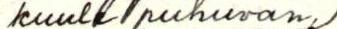
kuule puhuvan/